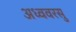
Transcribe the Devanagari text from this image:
अध्ववरसु